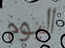
اليوم